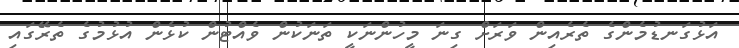
އަޅުގަނޑުމެންގެ ތެރެއިން ވަރަށް ގިނަ މީހުންނަކީ ތަނަކުން ވެއްޓުން ކުޅެން އުޅުމުގެ ތެރޭގައި